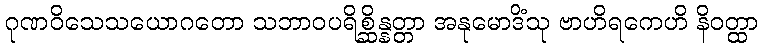
ဂုဏဝိသေသယောဂတော သဘာဝပရိစ္ဆိန္နတ္တာ အနုမောဒိံသု ဗာဟိရကေဟိ နိဝတ္ထာ